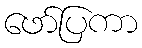
ဖော်ပြကာ